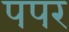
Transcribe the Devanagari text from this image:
पपर